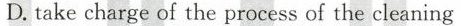
D.take charge of the process of the cleaning